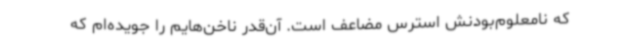
که نامعلوم‌بودنش استرس مضاعف است. آن‌قدر ناخن‌هایم را جویده‌ام که